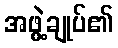
အဖွဲ့ချုပ်၏